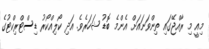
މިއީ މި ރާއްޖޭގައި ތިންވަނައަށް އެންމެ ބޮޑު ޝަހަރެވެ. އަދި ކޯލިއްކޯރު ޑިސްޓްރިކްޓުގެ